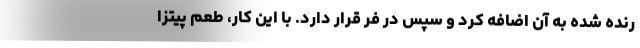
رنده شده به آن اضافه کرد و سپس در فر قرار دارد. با این کار، طعم پیتزا